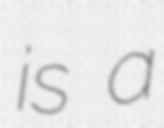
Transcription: is a